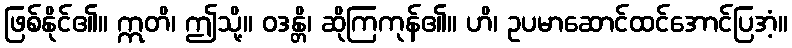
ဖြစ်နိုင်၏။ ဣတိ၊ ဤသို့။ ဝဒန္တိ၊ ဆိုကြကုန်၏။ ဟိ၊ ဥပမာဆောင်ထင်အောင်ပြအံ့။